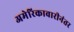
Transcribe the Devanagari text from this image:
अमेरिकावारीनंतर